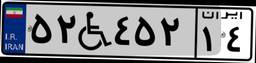
۹۳W۰۸۰۹۴